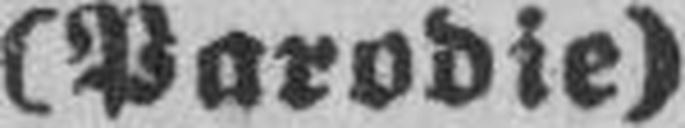
(Parodie)